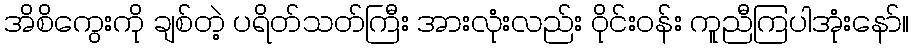
အိစိကွေးကို ချစ်တဲ့ ပရိတ်သတ်ကြီး အားလုံးလည်း ဝိုင်းဝန်း ကူညီကြပါအုံးနော်။